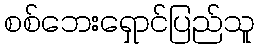
စစ်ဘေးရှောင်ပြည်သူ